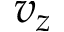
v _ { z }